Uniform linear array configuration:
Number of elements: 48
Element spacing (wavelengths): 1
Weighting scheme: uniform
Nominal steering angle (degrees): -45
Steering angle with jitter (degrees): -44.933
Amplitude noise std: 0.05
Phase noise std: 0.05

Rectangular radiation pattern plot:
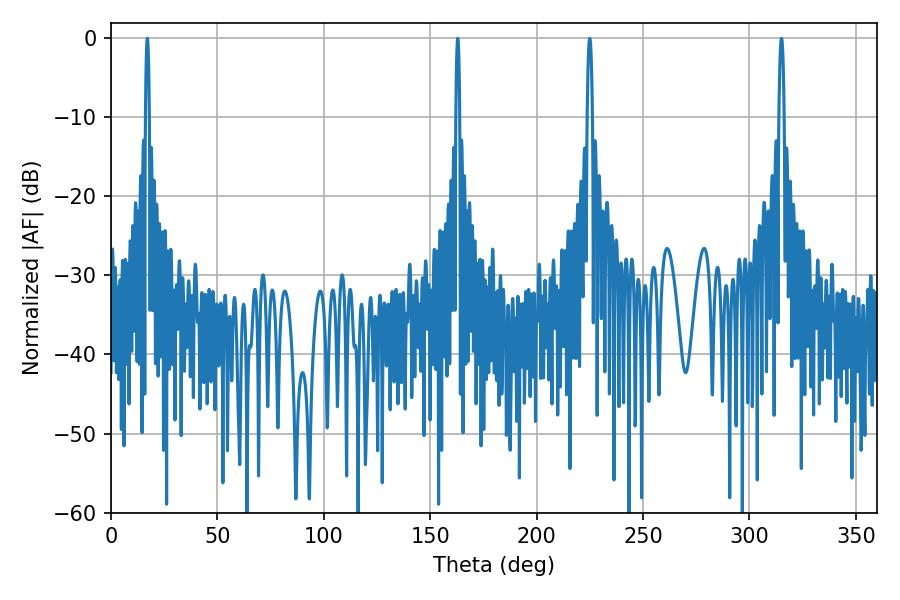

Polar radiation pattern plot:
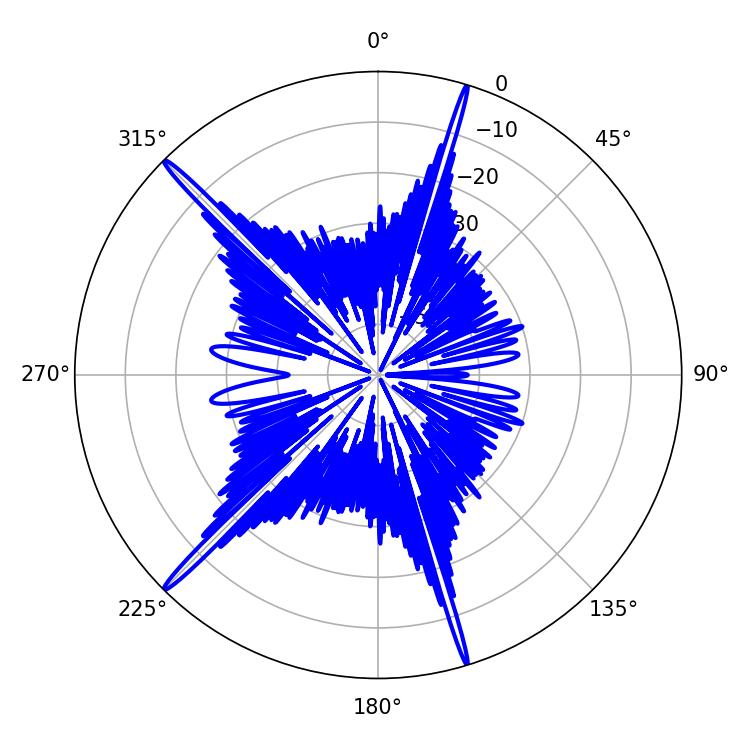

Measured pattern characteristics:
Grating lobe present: TRUE
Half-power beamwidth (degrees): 0.9
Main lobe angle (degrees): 162.9